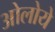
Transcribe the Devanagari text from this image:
ओलोये